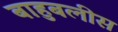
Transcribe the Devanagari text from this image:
बाहुबलीस